system: You are a helpful assistant.
user:
Analyze the provided spectrum to determine if it is a **White Dwarf (WD)**.

A White Dwarf spectrum is defined by its **extreme purity** (due to gravitational settling) and/or **extreme pressure broadening** (due to high surface gravity). You must check for one of the following mutually exclusive signatures:

- **Key Visual Indicators (Check for ONE of these types):**

    - **1. DA-Type Signature (Most Common):**
        - **(Primary Feature):** Extreme pressure broadening (Stark broadening) of the **Hydrogen (H) Balmer lines**.
        - **(Key Lines):** $H\beta$ (approx. $4861$ Å) and $H\gamma$ (approx. $4340$ Å). $H\alpha$ (approx. $6563$ Å) will also be present if the wavelength range covers it.
        - **(Line Profile):** This is the **defining feature**. The lines are **NOT** sharp. They appear as massive, **extremely broad and deep "troughs" or "dips"** in the spectrum, often hundreds of Ångströms wide. The continuum will appear to "scoop" down at these wavelengths.
        - **(Distinction):** Normal A-type or B-type stars have *narrow* and *sharp* Hydrogen lines. A DA White Dwarf's lines are unmistakably "smeared" or "blurry" from pressure.

    - **2. DB-Type Signature:**
        - **(Primary Feature):** Broad absorption lines from **Neutral Helium (He I)**. The spectrum must lack any visible Hydrogen lines.
        - **(Key Lines):** Look for broad absorption near $4471$ Å, $4921$ Å, and $5876$ Å.
        - **(Line Profile):** These lines are also significantly pressure-broadened, appearing much wider than they would in a normal B-type main-sequence star.

    - **3. DC-Type Signature:**
        - **(Primary Feature):** A **featureless continuous spectrum**.
        - **(Line Profile):** The spectrum is a smooth curve with **no significant absorption or emission lines**.
        - **(Key Confirmation):** The continuum is almost always **blue or white**, indicating a hot object. This signature implies the atmosphere is so pure (or so cool) that no spectral lines are visible in the optical range. Its WD identity is confirmed by its extremely low intrinsic brightness (high absolute magnitude).

    - **4. DZ-Type Signature (Metal-Polluted):**
        - **(Primary Feature):** **Isolated, narrow metal absorption lines** on an otherwise featureless (DC-like) continuum.
        - **(Key Lines):** The **Calcium (Ca II) H & K doublet** (approx. **$3934$ Å** and **$3968$ Å**) is the most common and defining feature.
        - **(Line Profile):** These lines are "out of place." They are *not* part of a "forest" of thousands of lines. This signature is evidence of recent *accretion* (pollution) from rocky debris.
        - **(Distinction):** Normal G/K/M stars have a *dense forest* of thousands of metal lines. A DZ has a *clean* continuum with *only a few* strong metal lines.

    - **5. DQ-Type Signature (Carbon-Polluted):**
        - **(Primary Feature):** Absorption bands from **Carbon (C₂ "Swan Bands" or atomic C I)**.
        - **(Key Lines - C₂):** Look for bandheads with a "saw-tooth" shape near $5635$ Å, **$5165$ Å** (strongest), and $4737$ Å.
        - **(Key Confirmation):** The underlying **continuum must be blue or white** (hot).
        - **(Distinction):** This is the critical difference from a **Carbon Star**, which has the *exact same* C₂ bands but on an extremely **red, cool** continuum.

- **(Overall Spectrum):**
    - The continuum (overall shape) is typically **blue-sloping** (brighter in the blue than the red), as most white dwarfs are very hot.
    - The spectrum will look "pure" or "simple," dominated by only *one* of the five signatures listed above.

Think first, call **spectral_visualization_tool** if needed to examine features in detail, then provide your final answer. Your response must adhere to the following strict rules:
1.  **Overall Structure:** Your response must follow the format `<think>...</think> <tool_call>...</tool_call> (if a tool is used) <answer>...</answer>`.
2.  **Tool Usage Constraint:** You may only make **one** tool call per turn.
3.  **Final Answer Format:** In the `<answer>` tag, your conclusion must be inside a `\boxed{}` command (e.g., `\boxed{YES}` or `\boxed{NO}`), followed by your justification.

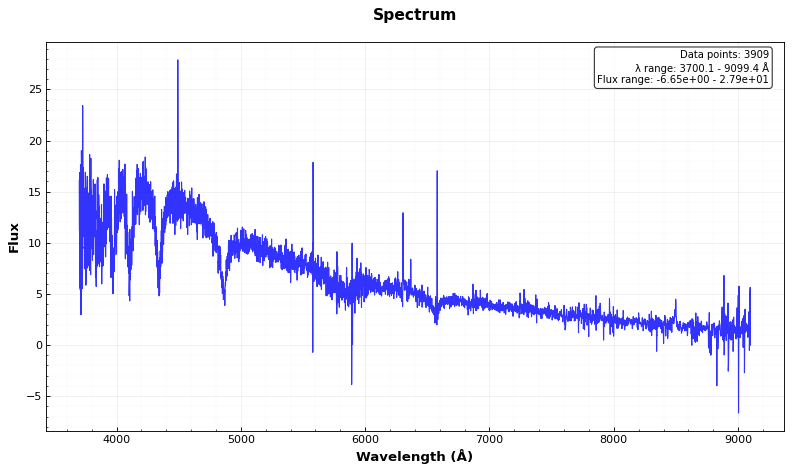
Answer: YES